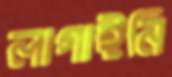
লাগাইনি